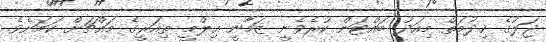
ޖަލުގެ ޚިދުމަތް މިއަދު ބައްޓަން ކުރެވެނީ ޒަމާނީ ޢިލްމީ ތިއަރީގެ މައްޗަށް ކަމަށެވެ.